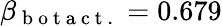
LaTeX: \beta_{\mathrm{~b~o~t~a~c~t~.~}}=0.679